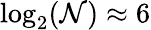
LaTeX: \log_{2}(\mathcal{N})\approx6